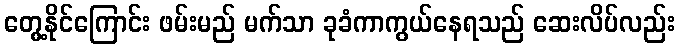
တွေ့နိုင်ကြောင်း ဖမ်းမည် မက်သာ ခုခံကာကွယ်နေရသည် ဆေးလိပ်လည်း